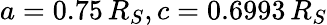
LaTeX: a=0.75\, R_{S},c=0.6993\, R_{S}